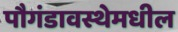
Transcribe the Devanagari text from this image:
पौगंडावस्थेमधील